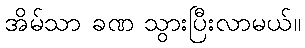
အိမ်သာ ခဏ သွားပြီးလာမယ်။